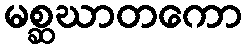
မစ္ဆဃာတကော